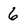
Character: 6